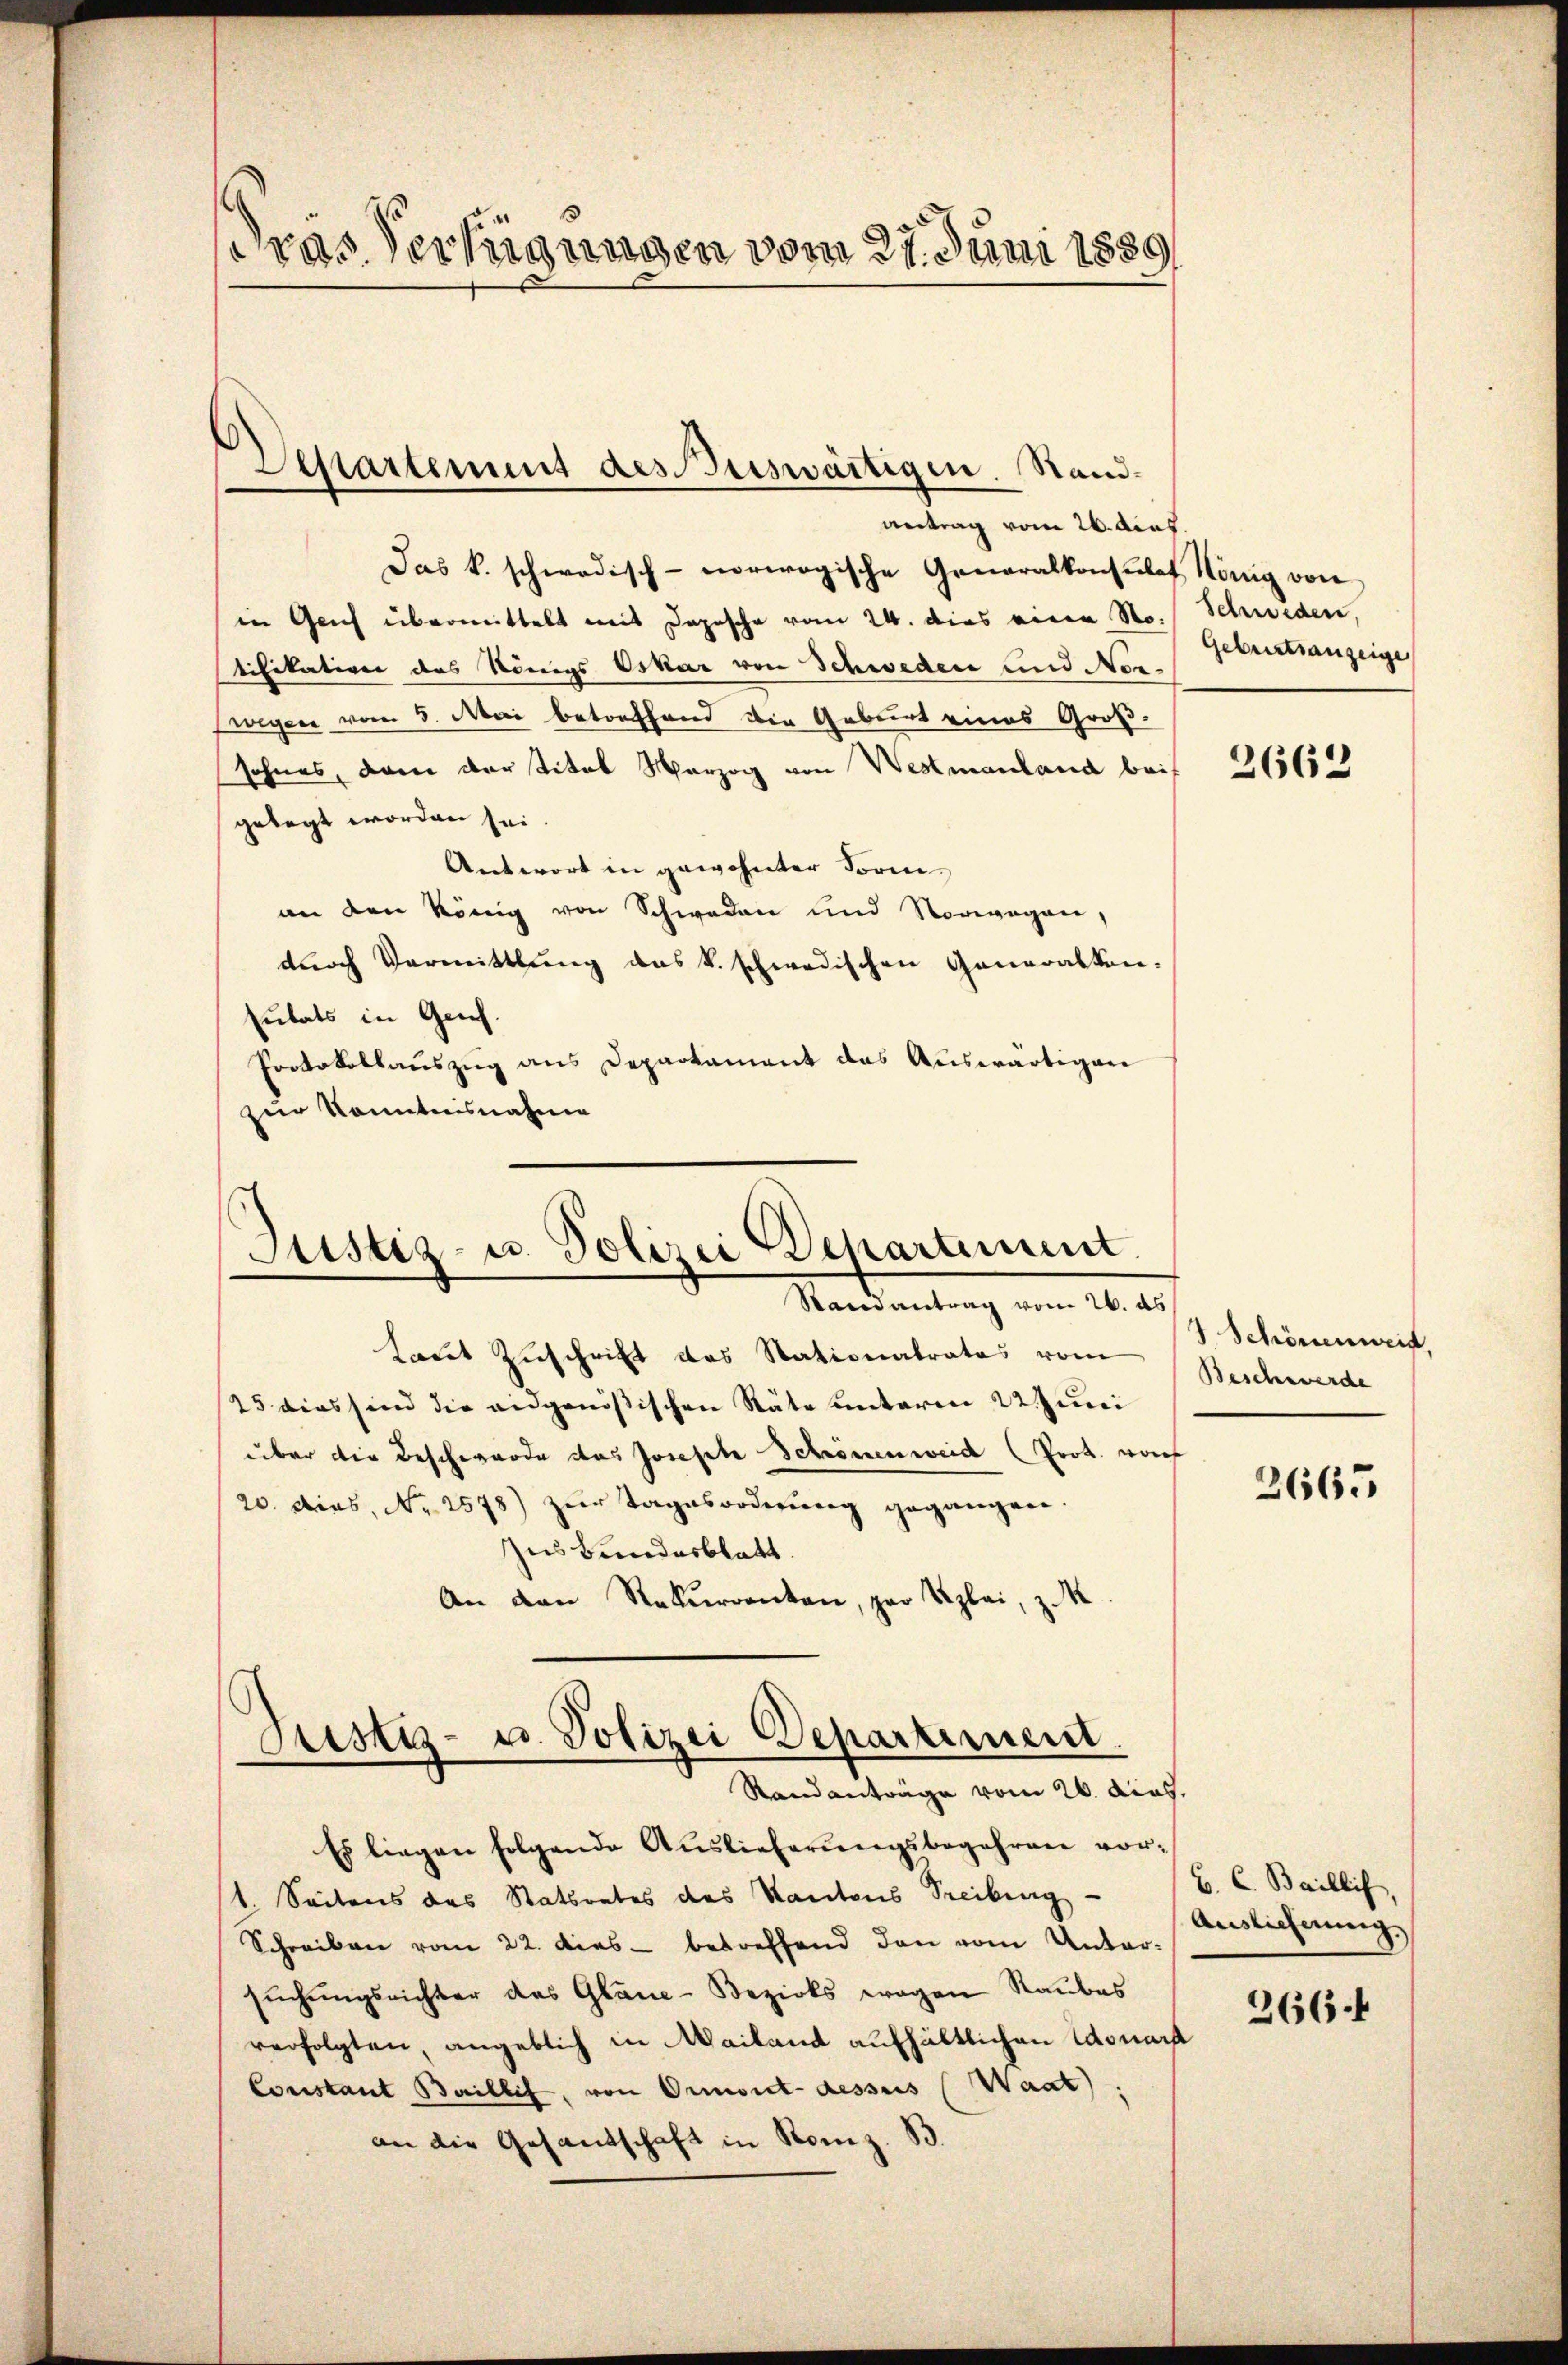
ras Verfügungen vom 27. Juni 1889

Destartement des Buswärtigen. Sandantrag vom 26. dies.

Das k. schwedisch-norwogische Generalkonsulat König von
in Grief übermittelt mit Depesche vom 24. dies eine No.
tifikation des Königs Oskar von Schweden und Norwegen vom 5. Mai betreffend die Geburt eines Groß-
sohnes, dem der Titel Merzog von Westmanland bei
gelegt worden sei.
Antwort in gewohnter Form-
an den könig von Schwaden und Vorwegen,
durch Vermittlung das k. schwedischen Generalkon-
sutats in Genf
Protokollauszug aus Departament das Auswärtigen
zur Kenntnisnahme

Justiz- u. Polizei Departement
Raisantrag vom 26. ds

taut Zuschrift des Stationalrates vom
25 dies sind die eidgenößischen Räte unterm 22. Juni
über die Beschwerde das Joseph Schönenweid (Prot. von
20. dies, No 2578) zur Tagesordnŭng gegangen.
Zus Bundesblatt.
An den Rekurrenten, pro Kzlei, z. K
Es liegen folgende Auslieferŭngsbegehren vor¬
(1. Seitens des Statsrates des Kantons Treiburg
Schreiben vom 22. dies betreffend den vom Untersuchungsrichter des Glane-Bezirks wegen Raubes
verfolgten angeblich in Mailand aufhältlichen Edouard
Constant Baillis, von Ormont-dessus (Waat.
an die Gesandschaft in Romiz. B.

Justiz- u. Polizei Departement
Standanträge vom 26. Aug.

Schweden,
Geburtsanzeige

2662

7 Schönenweid,
Beschwerde

2665

C. C. Baillif
Auslieferung

266.